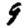
Digit: 9